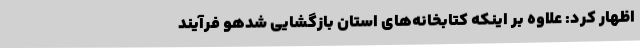
اظهار کرد: علاوه بر اینکه کتابخانه‌های استان بازگشایی شدهو فرآیند